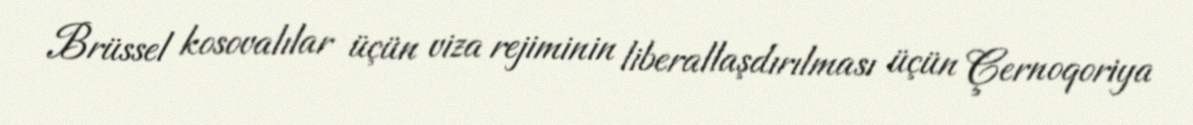
Brüssel kosovalılar üçün viza rejiminin liberallaşdırılması üçün Çernoqoriya